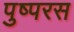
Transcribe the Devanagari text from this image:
पुष्परस